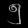
Digit: ၅